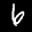
Label: 6